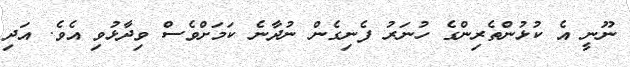
ނޫނީ އެ ކުޅުންތެރިންގެ ހުނަރު ފެނިގެން ނުދާނެ ކަމަށްވެސް ވިދާޅުވި އެވެ. އަދި